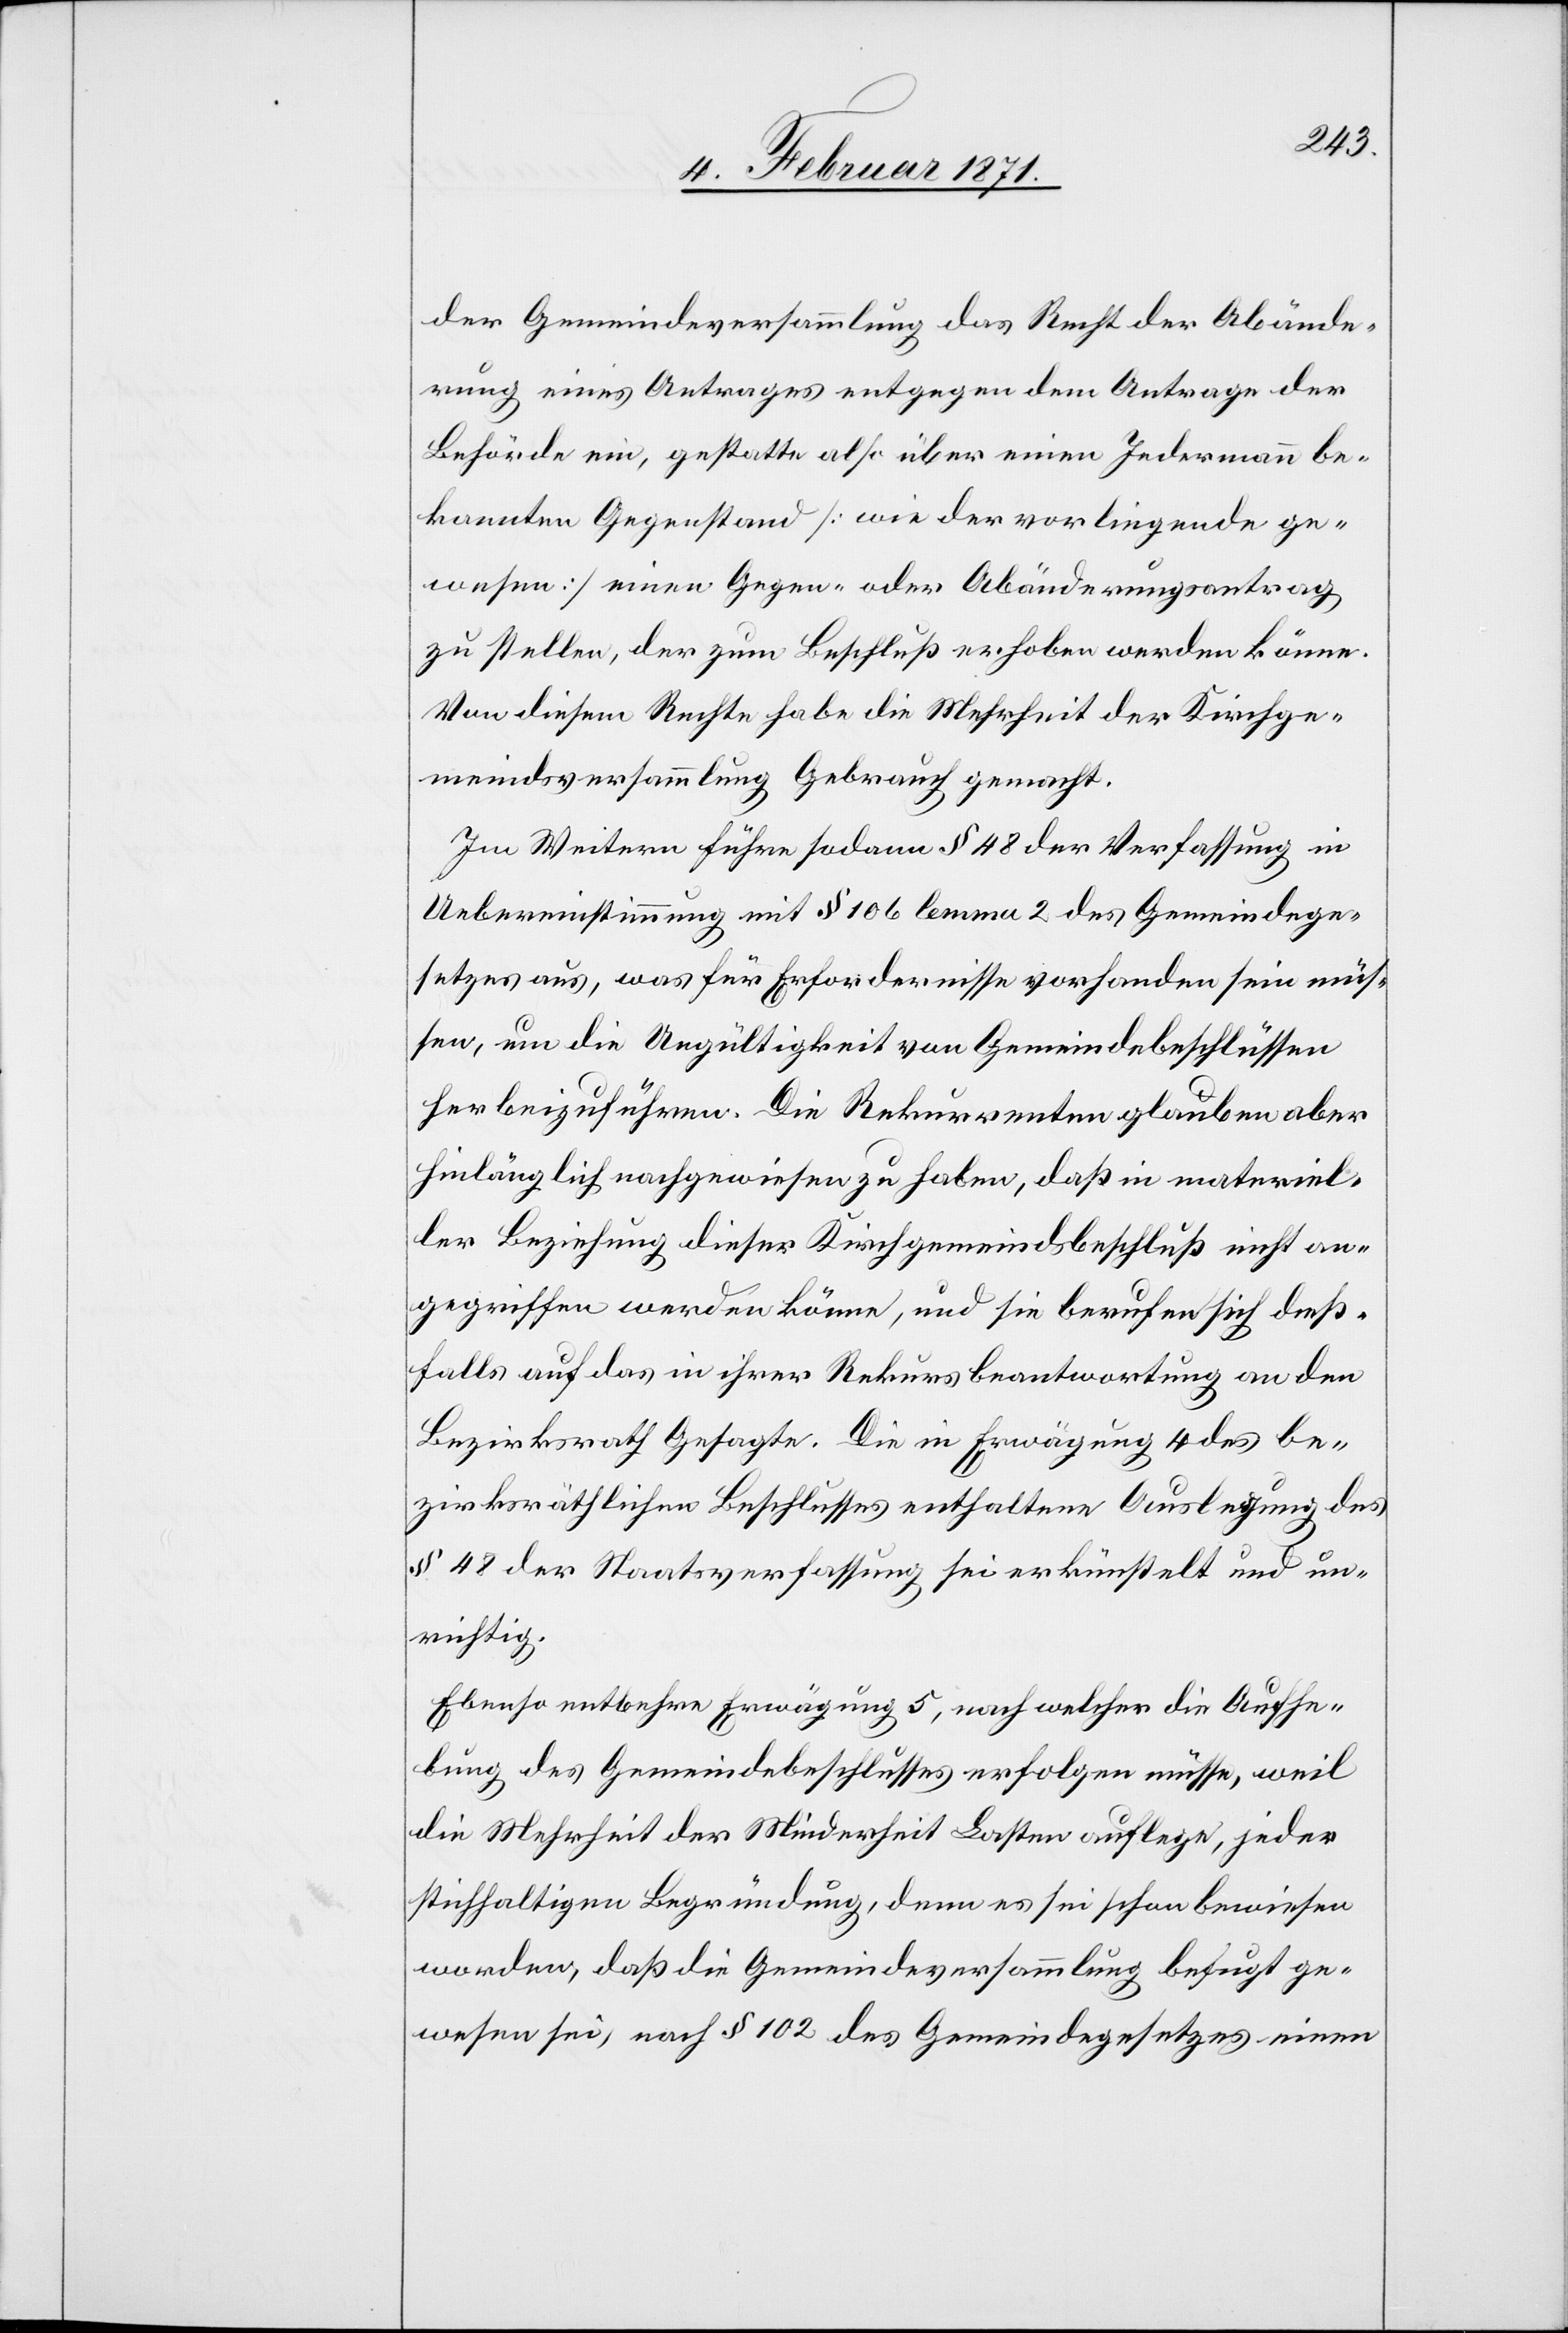
der Gemeindeversammlung das Recht der Abände¬
rung eines Antrages entgegen dem Antrage der
Behörde ein, gestatte also über einen Jedermann be¬
kannten Gegenstand [wie der vorliegende ge¬
wesen] einen Gegen- oder Abänderungsantrag
zu stellen, der zum Beschluß erhoben werden könne.
Von diesem Rechte habe die Mehrheit der Kirchge¬
meindsversammlung Gebrauch gemacht.
Im Weitern führe sodann § 48 der Verfassung in
Uebereinstimmung mit § 106 lemma 2 des Gemeindege¬
setzes aus, was für Erfordernisse vorhanden sein müs¬
sen, um die Ungültigkeit von Gemeindebeschlüssen
herbeizuführen. Die Rekurrenten glauben aber
hinlänglich nachgewiesen zu haben, daß in materiel¬
ler Beziehung dieser Kirchgemeindsbeschluß nicht an¬
gegriffen werden könne, und sie berufen sich dieß¬
falls auf das in ihrer Rekursbeantwortung an den
Bezirksrath Gesagte. Die in Erwägung 4 des be¬
zirksräthlichen Beschlusses enthaltene Auslegung des
§ 48 der Staatsverfassung sei erkünstelt und un¬
richtig.
Ebenso entbehre Erwägung 5, nach welcher die Aufhe¬
bung des Gemeindebeschlusses erfolgen müsse, weil
die Mehrheit der Minderheit Lasten auflege, jeder
stichhaltigen Begründung, denn es sei schon bewiesen
worden, daß die Gemeindeversammlung befugt ge¬
wesen sei, nach § 102 des Gemeindegesetztes einen